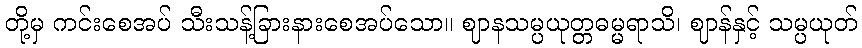
တို့မှ ကင်းစေအပ် သီးသန့်ခြားနားစေအပ်သော။ ဈာနသမ္ပယုတ္တဓမ္မရာသိ၊ ဈာန်နှင့် သမ္ပယုတ်